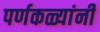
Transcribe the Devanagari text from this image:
पर्णकळ्यांनी